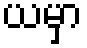
ယမှာ